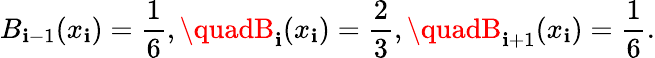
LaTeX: B_{\mathbf{i}-1}(x_{\mathbf{i}})=\frac{{1}}{{6}},\quadB_{\mathbf{i}}(x_{\mathbf{i}})=\frac{{2}}{{3}},\quadB_{\mathbf{i}+1}(x_{\mathbf{i}})=\frac{{1}}{{6}}.